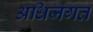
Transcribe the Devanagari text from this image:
अधिजगत